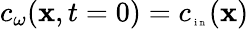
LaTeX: c_{\omega}(\textbf x,t=0)=c_{\tiny\mathrm{~i~n~}}(\textbf x)